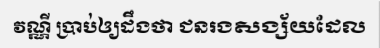
វណ្ណី ប្រាប់ឲ្យដឹងថា ជនរងសង្ស័យដែល